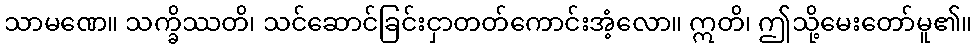
သာမဏေ။ သက္ခိဿတိ၊ သင်ဆောင်ခြင်းငှာတတ်ကောင်းအံ့လော။ ဣတိ၊ ဤသို့မေးတော်မူ၏။